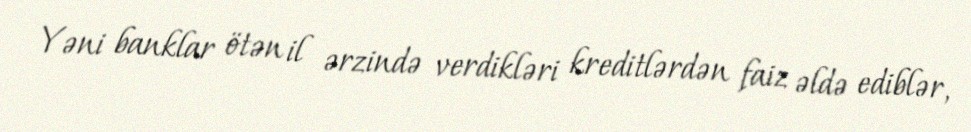
Yəni banklar ötən il ərzində verdikləri kreditlərdən faiz əldə ediblər,